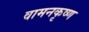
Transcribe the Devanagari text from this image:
वामनकृष्ण